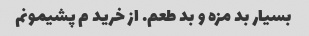
بسیار بد مزه و بد طعم. از خرید م پشیمونم